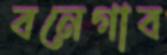
বনেগাব